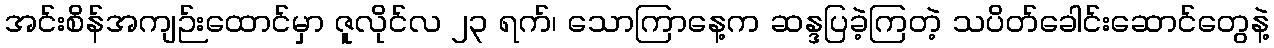
အင်းစိန်အကျဉ်းထောင်မှာ ဇူလိုင်လ ၂၃ ရက်၊ သောကြာနေ့က ဆန္ဒပြခဲ့ကြတဲ့ သပိတ်ခေါင်းဆောင်တွေနဲ့